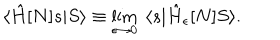
\langle \hat { H } [ N ] s | S \rangle \equiv \lim _ { \epsilon \to 0 } \ \langle s | \hat { H } _ { \epsilon } [ N ] S \rangle .